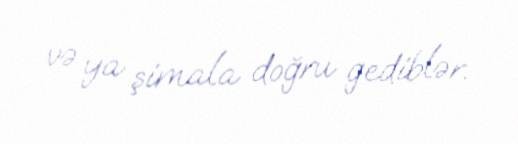
və ya şimala doğru gediblər.